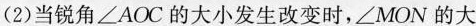
(2)当锐角∠AOC的大小发生改变时，∠MON的大